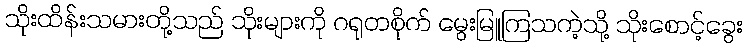
သိုးထိန်းသမားတို့သည် သိုးများကို ဂရုတစိုက် မွေးမြူကြသကဲ့သို့ သိုးစောင့်ခွေး